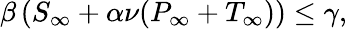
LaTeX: \begin{array}{r}{\beta\left(S_{\infty}+\alpha\nu(P_{\infty}+T_{\infty})\right)\le\gamma,}\end{array}